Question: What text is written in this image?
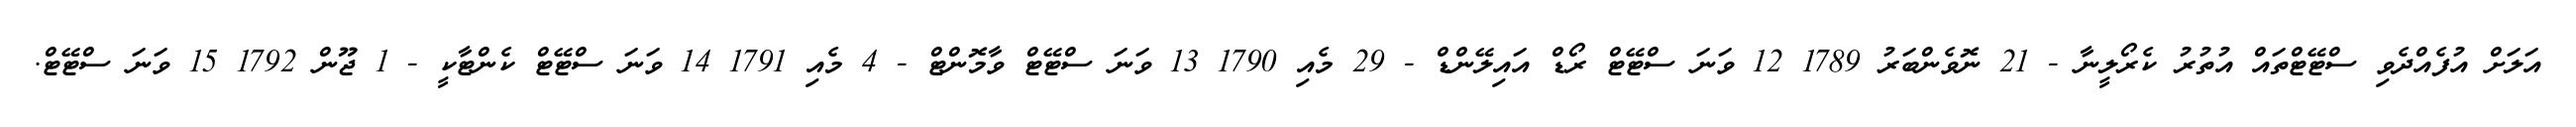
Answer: އަލަށް އުފެއްދެވި ސްޓޭޓްތައް އުތުރު ކެރޯލީނާ - 21 ނޮވެންބަރު 1789 12 ވަނަ ސްޓޭޓް ރޯޑް އައިލޭންޑް - 29 މެއި 1790 13 ވަނަ ސްޓޭޓް ވާމޮންޓް - 4 މެއި 1791 14 ވަނަ ސްޓޭޓް ކެންޓާކީ - 1 ޖޫން 1792 15 ވަނަ ސްޓޭޓް.